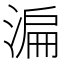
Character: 㴜